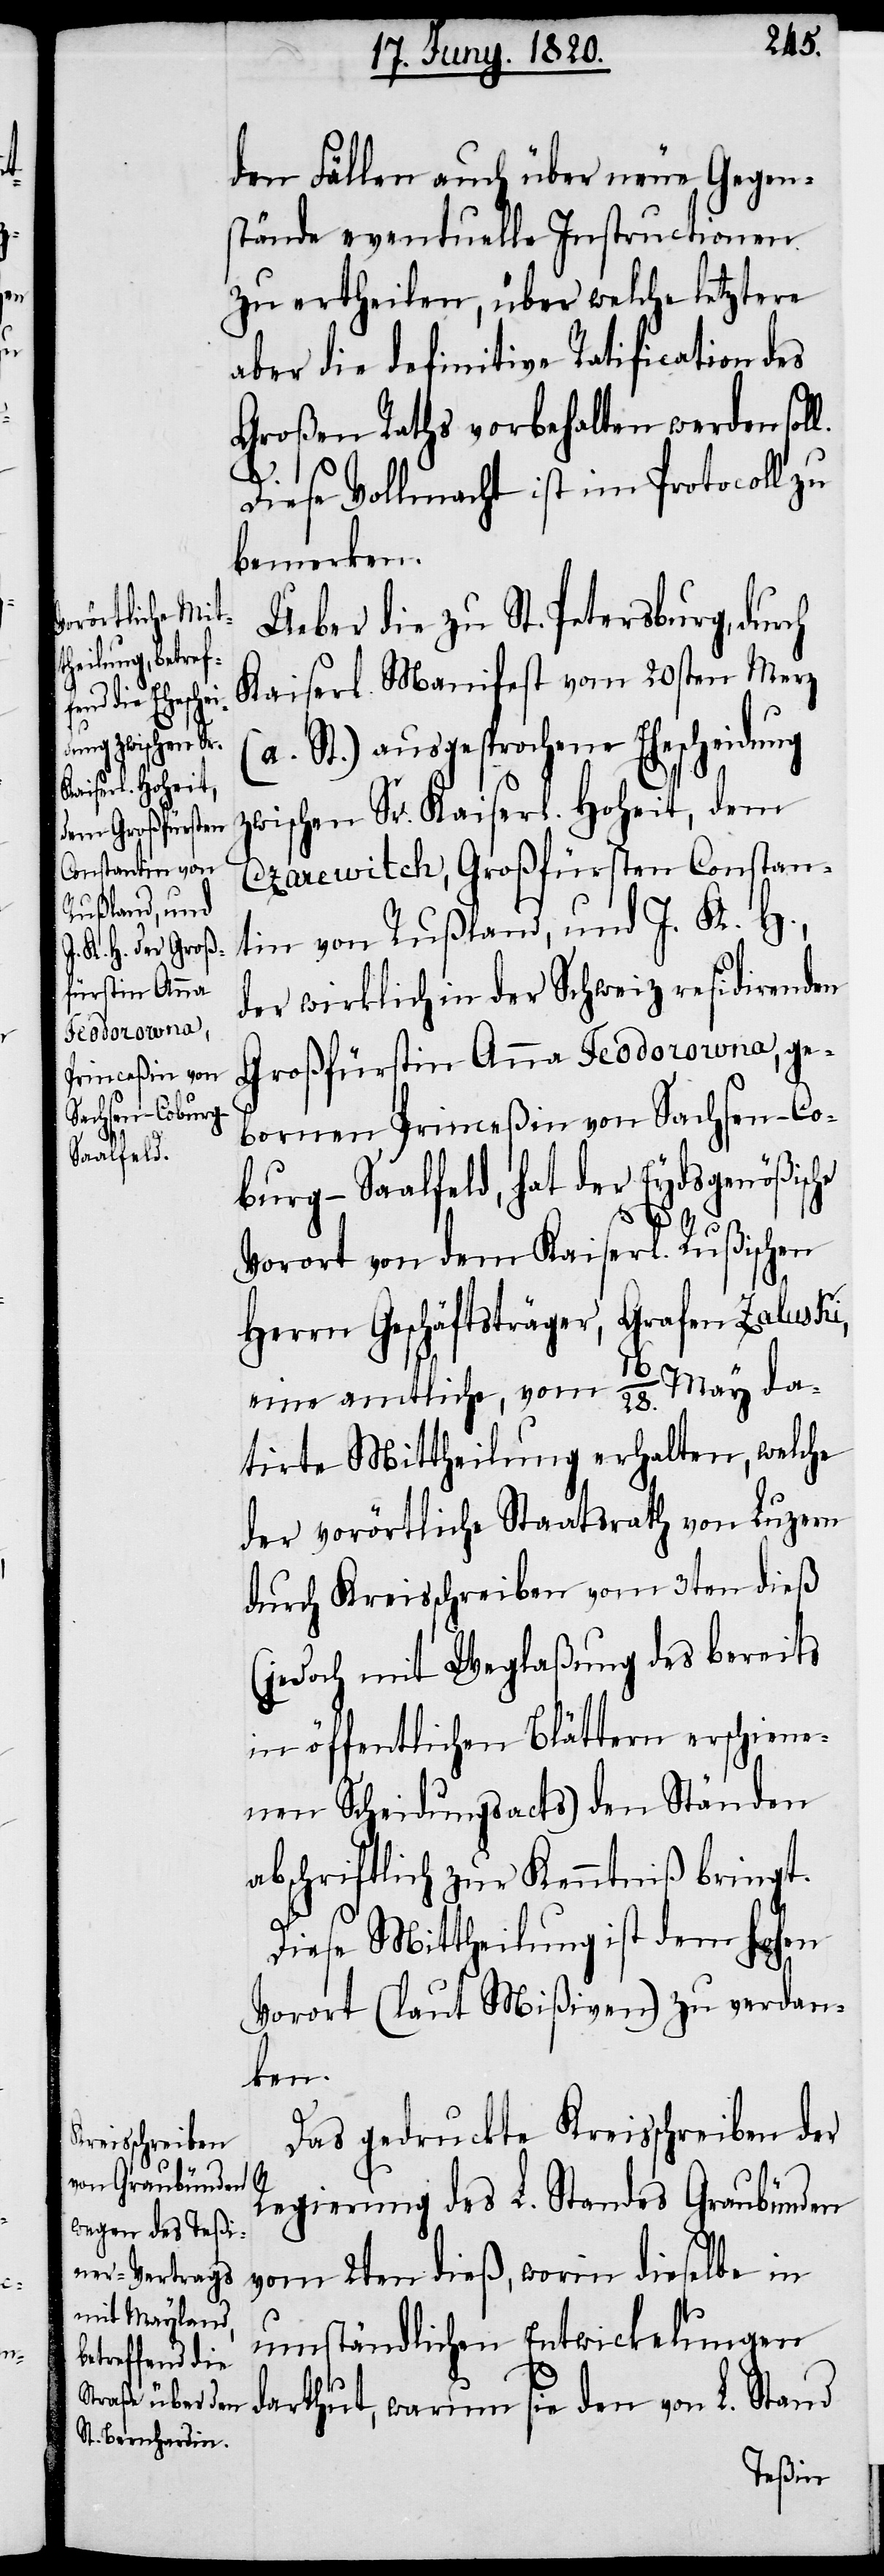
den Fällen auch über neue Gegen¬
stände eventuelle Instructionen.
Zu ertheilen, über welche letztere
aber die definitive Ratification des
Großen Raths vorbehalten werden sol¬
Diese Vollmacht ist im Protocoll zu
bemerken.
Ueber die zu St. Petersburg, durch
Kaiserl. Manifest vom 20sten Merz
(a. St.) ausgesprochene Ehescheidung
zwischen Sr. Kaiserl. Hoheit, dem
Czarewitch, Großfürsten Constan¬
tin von Rußland, und J. K. H.,
der wirklich in der Schweiz residirenden
Großfürstin Anna Feodorowna, ge¬
bornen Princeßin von Sachsen-Co¬
burg-Saalfeld, hat der Eydsgenößische
Vorort von dem Kaiserl. Rußischen
Herrn Geschäftsträger, Grafen Zalusti,
eine amtliche, vom 16/28. May da¬
tirte Mittheilung erhalten, welche
der vorörtliche Staatsrath von Luzern
durch Kreisschreiben vom 3ten dieß
(jedoch mit Weglaßung des bereits
in öffentlichen Blättern erschiene¬
nen Scheidungsacts) den Ständen
abschriftlich zur Kenntniß bringt.
Diese Mittheilung ist dem hohen
Vorort (laut Mißiven) zu verdan¬
ken.
Das gedruckte Kreisschreiben der
l.
Regierung des L. Standes Graubünden
vom 2ten dieß, worin dieselbe in
umständlichen Entwickelungen
darthut, warum sie den von L. Stand